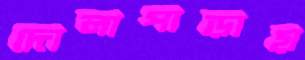
দোলাপাড়ায়